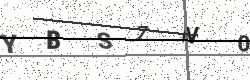
Text: YBS7N0